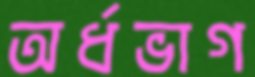
অর্ধভাগ